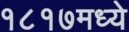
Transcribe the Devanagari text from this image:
१८१७मध्ये